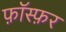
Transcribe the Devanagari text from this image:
फ़ॉस्फ़र